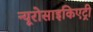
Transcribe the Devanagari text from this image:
न्यूरोसाइकिएट्री